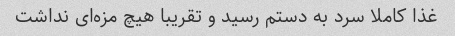
غذا کاملا سرد به دستم رسید و تقریبا هیچ مزه‌ای نداشت